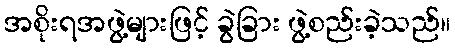
အစိုးရအဖွဲ့များဖြင့် ခွဲခြား ဖွဲ့စည်းခဲ့သည်။